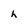
Character: h